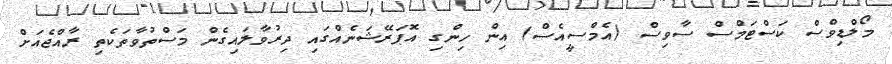
މޯލްޑިވްސް ކަސްޓަމްސް ސާވިސް (އެމްސީއެސް) އިން ހިންގި އޮޕަރޭޝަނެއްގައި ދިރުވާލައިގެން މަސްތުވާތަކެތި ރާއްޖެއަށް